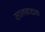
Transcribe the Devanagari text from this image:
तालवाद्यक